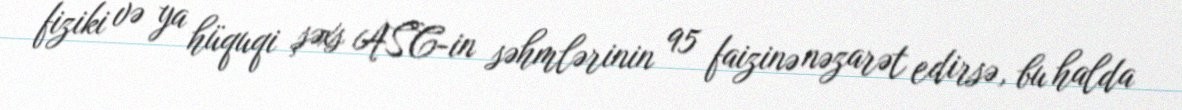
fiziki və ya hüquqi şəxs ASC-in səhmlərinin 95 faizinə nəzarət edirsə, bu halda